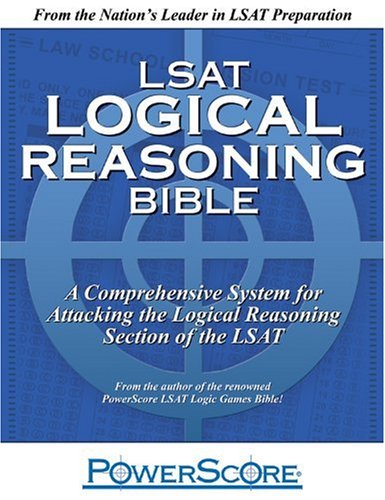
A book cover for PowerScore LSAT Logical Reasoning Bible; David M. Killoran; Test Preparation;